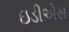
ઇડીએસ